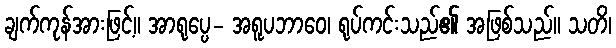
ချက်ကုန်အားဖြင့်။ အာရုပ္ပေ- အရူပဘာဝေ၊ ရုပ်ကင်းသည်၏ အဖြစ်သည်။ သတိ၊